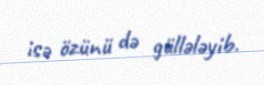
isə özünü də güllələyib.